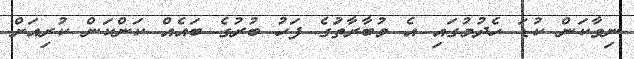
ނިވާކަން ކުޑަ ހެދުމުގައި އެ މުބާރާތަުގެ ފަހު ބުރުގެ ބައެއް ކަންކަން ކުރިއަށް